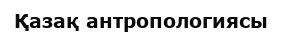
Қазақ антропологиясы